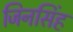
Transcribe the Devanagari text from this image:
जिनसिंह